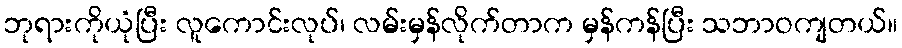
ဘုရားကိုယုံပြီး လူကောင်းလုပ်၊ လမ်းမှန်လိုက်တာက မှန်ကန်ပြီး သဘာဝကျတယ်။